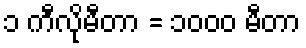
၁ ကီလိုမီတာ = ၁၀၀၀ မီတာ